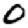
Digit: 0